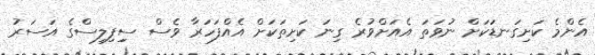
އެންމެ ކަށިގަނޑަކަށް ނުވަތަ އެއަށްވުރެ ގިނަ ކަށިތަކަށް އެއްފަހަރާ ވެސް ސިިފިލިސްގެ އަސަރު